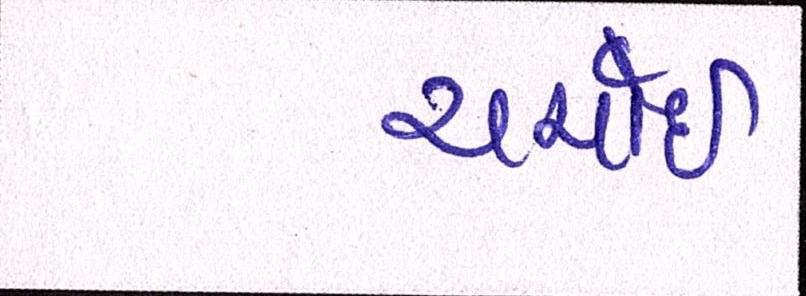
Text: ચર્ચાઇ